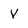
Character: V